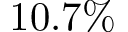
1 0 . 7 \%